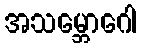
အသမ္ဘောဂေါ